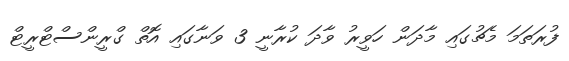
ފުރަތަމަ މެޗުގައި މާދަން ހަވީރު ވާދަ ކުރާނީ 3 ވަނާގައި އޮތް ގްރީންސްޓްރީޓް